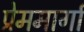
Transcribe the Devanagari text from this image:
प्रेममार्गा